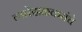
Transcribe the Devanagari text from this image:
त्यारेंदाळकरांचे